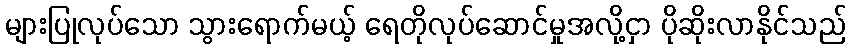
များပြုလုပ်သော သွားရောက်မယ့် ရေတိုလုပ်ဆောင်မှုအလို့ငှာ ပိုဆိုးလာနိုင်သည်